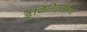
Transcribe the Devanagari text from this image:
इंजिनिअरिंगची